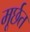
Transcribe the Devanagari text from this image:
मूर्छत